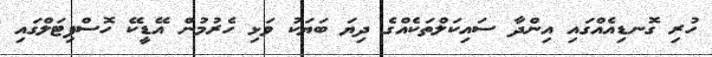
ހުރި ގޮނޑިއެއްގައި އިންދާ ސައިކަލްތަކެއްގެ ދިޔަ ބަޔަކު ވަޅި ހެރުމުން އޭޑީކޭ ހޮސްޕިޓަލްގައި